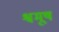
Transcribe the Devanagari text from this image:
श्वमूष